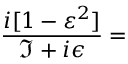
\frac { i [ 1 - \varepsilon ^ { 2 } ] } { \Im + i \epsilon } =